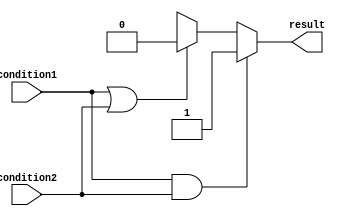
module conditional_statements_example (
    input wire condition1,
    input wire condition2,
    output reg result
);

initial begin
    if (condition1 && condition2) begin
        result <= 1'b1;
    end else if (condition1 || condition2) begin
        result <= 1'b0;
    end else begin
        result <= 1'bx;
    end
end

endmodule